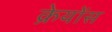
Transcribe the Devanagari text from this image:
क्रेयोंस